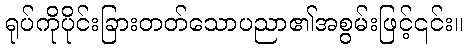
ရုပ်ကိုပိုင်းခြားတတ်သောပညာ၏အစွမ်းဖြင့်၎င်း။